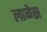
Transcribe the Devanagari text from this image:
लाळेस